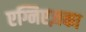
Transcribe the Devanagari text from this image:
एग्निएज़का